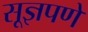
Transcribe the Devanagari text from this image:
सूज्ञपणे